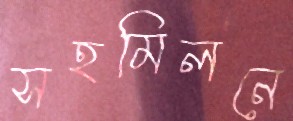
সহমিলনে